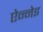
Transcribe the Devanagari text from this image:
ऐन्नेइ